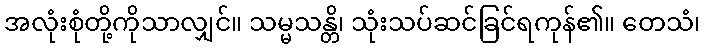
အလုံးစုံတို့ကိုသာလျှင်။ သမ္မသန္တိ၊ သုံးသပ်ဆင်ခြင်ရကုန်၏။ တေသံ၊